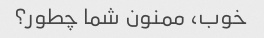
خوب، ممنون شما چطور؟